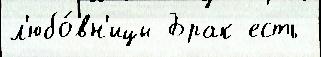
л'юбо́вн'ицы Брак есть